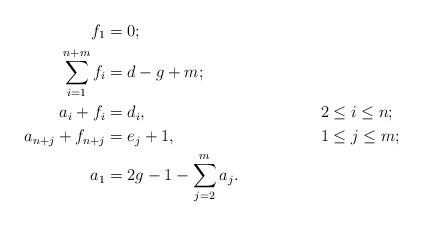
LaTeX: \begin{align*}f_1 &= 0;&&\\ \sum_{i=1}^{n+m} f_i &= d-g+m; &&\\a_i + f_i &= d_i, & &2 \leq i \leq n;\\a_{n+j} + f_{n+j} &= e_j +1, & &1 \leq j \leq m;\\ a_1 &= 2g-1 - \sum_{j=2}^m a_j.&&\end{align*}